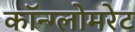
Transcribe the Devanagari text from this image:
कॉन्ग्लोमरेट